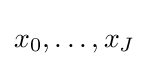
x_{0},\dots ,x_{J}